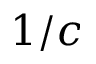
1 / c